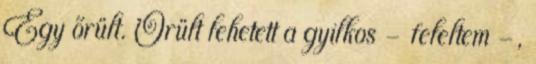
Egy őrült. Őrült lehetett a gyilkos - feleltem -,